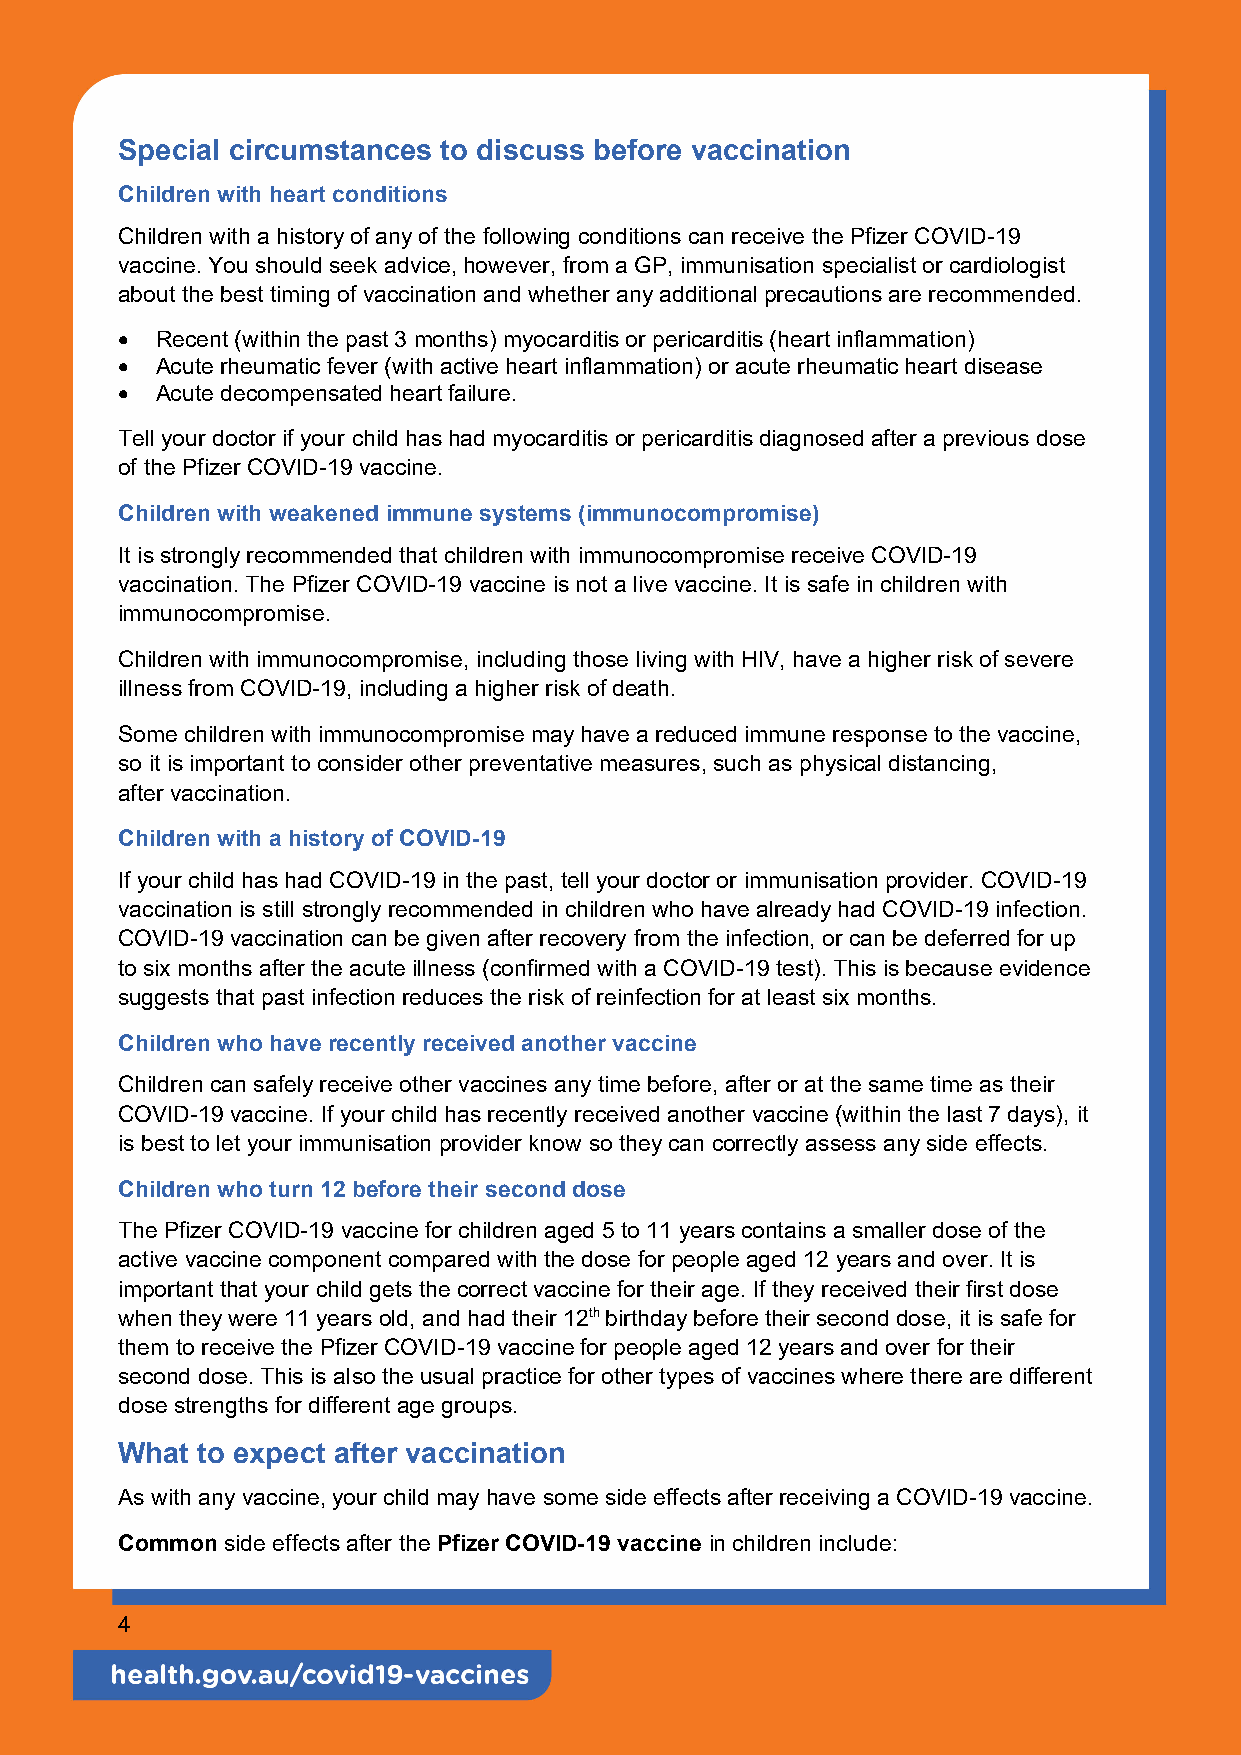
Special circumstances to discuss before vaccination
 Children with heart conditions
 Children with a history of any of the following conditions can receive the Pfizer COVID-19
 vaccine. You should seek advice, however, from a GP, immunisation specialist or cardiologist
 about the best timing of vaccination and whether any additional precautions are recommended.
  Recent (within the past 3 months) myocarditis or pericarditis (heart inflammation)
  Acute rheumatic fever (with active heart inflammation) or acute rheumatic heart disease
  Acute decompensated heart failure.
 Tell your doctor if your child has had myocarditis or pericarditis diagnosed after a previous dose
 of the Pfizer COVID-19 vaccine.
 Children with weakened immune systems (immunocompromise)
 It is strongly recommended that children with immunocompromise receive COVID-19
 vaccination. The Pfizer COVID-19 vaccine is not a live vaccine. It is safe in children with
 immunocompromise.
 Children with immunocompromise, including those living with HIV, have a higher risk of severe
 illness from COVID-19, including a higher risk of death.
 Some children with immunocompromise may have a reduced immune response to the vaccine,
 so it is important to consider other preventative measures, such as physical distancing,
 after vaccination.
 Children with a history of COVID-19
 If your child has had COVID-19 in the past, tell your doctor or immunisation provider. COVID-19
 vaccination is still strongly recommended in children who have already had COVID-19 infection.
 COVID-19 vaccination can be given after recovery from the infection, or can be deferred for up
 to six months after the acute illness (confirmed with a COVID-19 test). This is because evidence
 suggests that past infection reduces the risk of reinfection for at least six months.
 Children who have recently received another vaccine
 Children can safely receive other vaccines any time before, after or at the same time as their
 COVID-19 vaccine. If your child has recently received another vaccine (within the last 7 days), it
 is best to let your immunisation provider know so they can correctly assess any side effects.
 Children who turn 12 before their second dose
 The Pfizer COVID-19 vaccine for children aged 5 to 11 years contains a smaller dose of the
 active vaccine component compared with the dose for people aged 12 years and over. It is
 important that your child gets the correct vaccine for their age. If they received their first dose
 when they were 11 years old, and had their 12th birthday before their second dose, it is safe for
 them to receive the Pfizer COVID-19 vaccine for people aged 12 years and over for their
 second dose. This is also the usual practice for other types of vaccines where there are different
 dose strengths for different age groups.
 What to expect after vaccination
 As with any vaccine, your child may have some side effects after receiving a COVID-19 vaccine.
 Common side effects after the Pfizer COVID-19 vaccine in children include:
 4